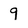
Character: 9